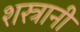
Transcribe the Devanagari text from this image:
शस्त्रानी